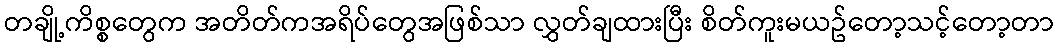
တချို့ကိစ္စတွေက အတိတ်ကအရိပ်တွေအဖြစ်သာ လွှတ်ချထားပြီး စိတ်ကူးမယဥ်တော့သင့်တော့တာ